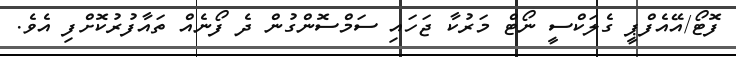
ފޮޓޯ/އޭއެފްޕީ ގެލަކްސީ ނޯޓް މަރުކާ ޖަހައި ސަމްސޮންގުން ދެ ފޯނެއް ތައާފުރުކޮށްފި އެވެ.